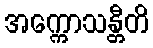
အက္ကောသန္တီတိ